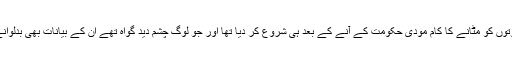
این آئی اے نے ان دہشت گردوں کے ثبوتوں کو مٹانے کا کام مودی حکومت کے آنے کے بعد ہی شروع کر دیا تھا اور جو لوگ چشم دید گواہ تھے ان کے بیانات بھی بدلوانے کیلئے ایڑی چوٹی کا زور لگا دیا تھا۔